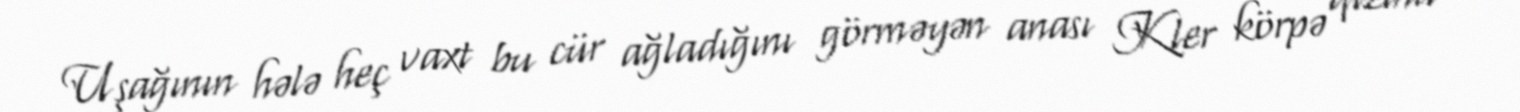
Uşağının hələ heç vaxt bu cür ağladığını görməyən anası Kler körpə qızına